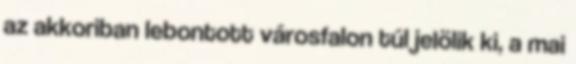
az akkoriban lebontott városfalon túl jelölik ki, a mai